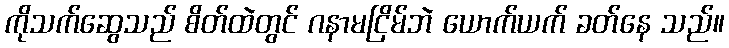
ကိုသက်ဆွေသည် စိတ်ထဲတွင် ဂနာမငြိမ်ဘဲ ယောက်ယက် ခတ်နေ သည်။